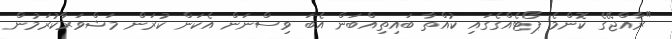
"ރާއްޖޭގެ ކޮންމެ ޕޯޓެއްގެގައި ކުއްތާ ބައިތިއްބަން އެބަ ވިސްނަން އެކަން ކުރަން މަޝްވަރާކުރަމުން